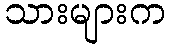
သားများက